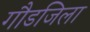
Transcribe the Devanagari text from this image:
गौडजिला